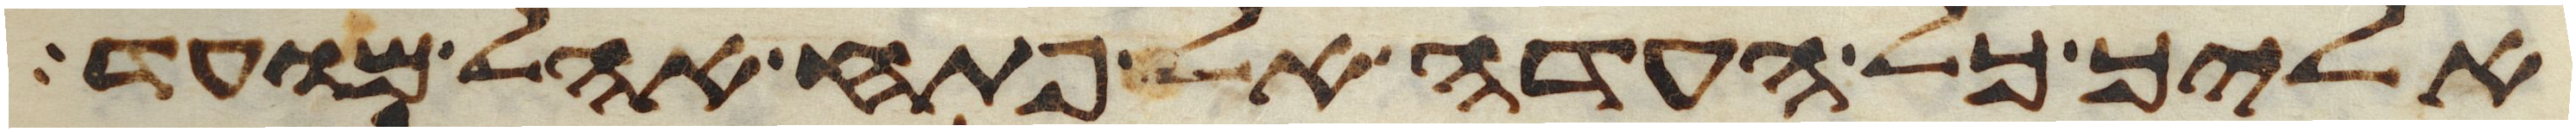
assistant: אליך כל העדה אל פתח אהל מועד